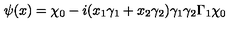
\psi ( x ) = \chi _ { 0 } - i ( x _ { 1 } \gamma _ { 1 } + x _ { 2 } \gamma _ { 2 } ) \gamma _ { 1 } \gamma _ { 2 } \Gamma _ { 1 } \chi _ { 0 }